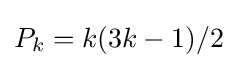
P_{k}=k(3k-1)/2